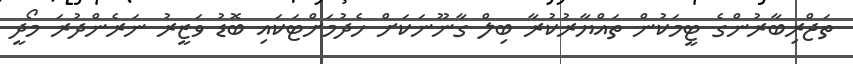
ތަޖްރިބާރުންގެ ޓީމަކުން ތައްޔާރުކުރާ ބިލް ގާނޫނަކަށް ހެދުމަށްޓަކައި ބޮޑު ވަޒީރު ނަރެންދުރަ މޯދީ